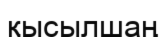
қысылшаң